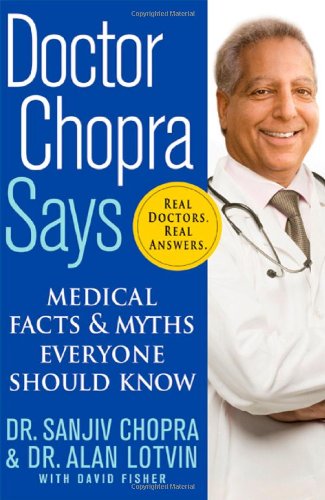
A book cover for Doctor Chopra Says: Medical Facts and Myths Everyone Should Know; Sanjiv Chopra; Health, Fitness & Dieting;